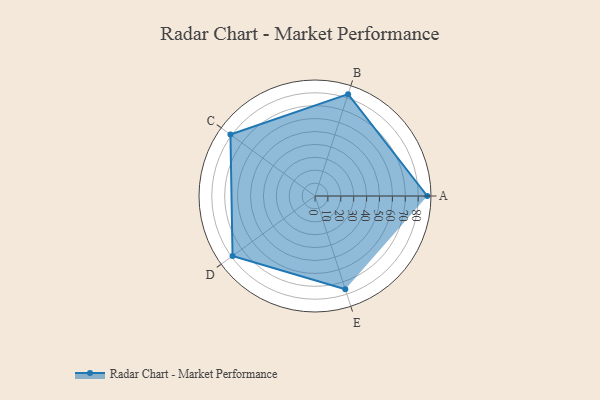
{"axis": {"x": "Skill", "y": "Score"}, "legend": ["Profile"], "data": [{"x": "A", "y": 87.0, "type": "Profile"}, {"x": "B", "y": 83.0, "type": "Profile"}, {"x": "C", "y": 81.0, "type": "Profile"}, {"x": "D", "y": 79.0, "type": "Profile"}, {"x": "E", "y": 76.0, "type": "Profile"}]}